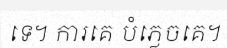
ទេ។ ការគេ បំភ្លេចគេ។